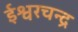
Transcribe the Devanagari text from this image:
ईश्वरचन्द्र